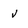
Character: v